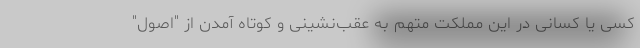
کسی یا کسانی در این مملکت متهم به عقب‌نشینی و کوتاه آمدن از "اصول"